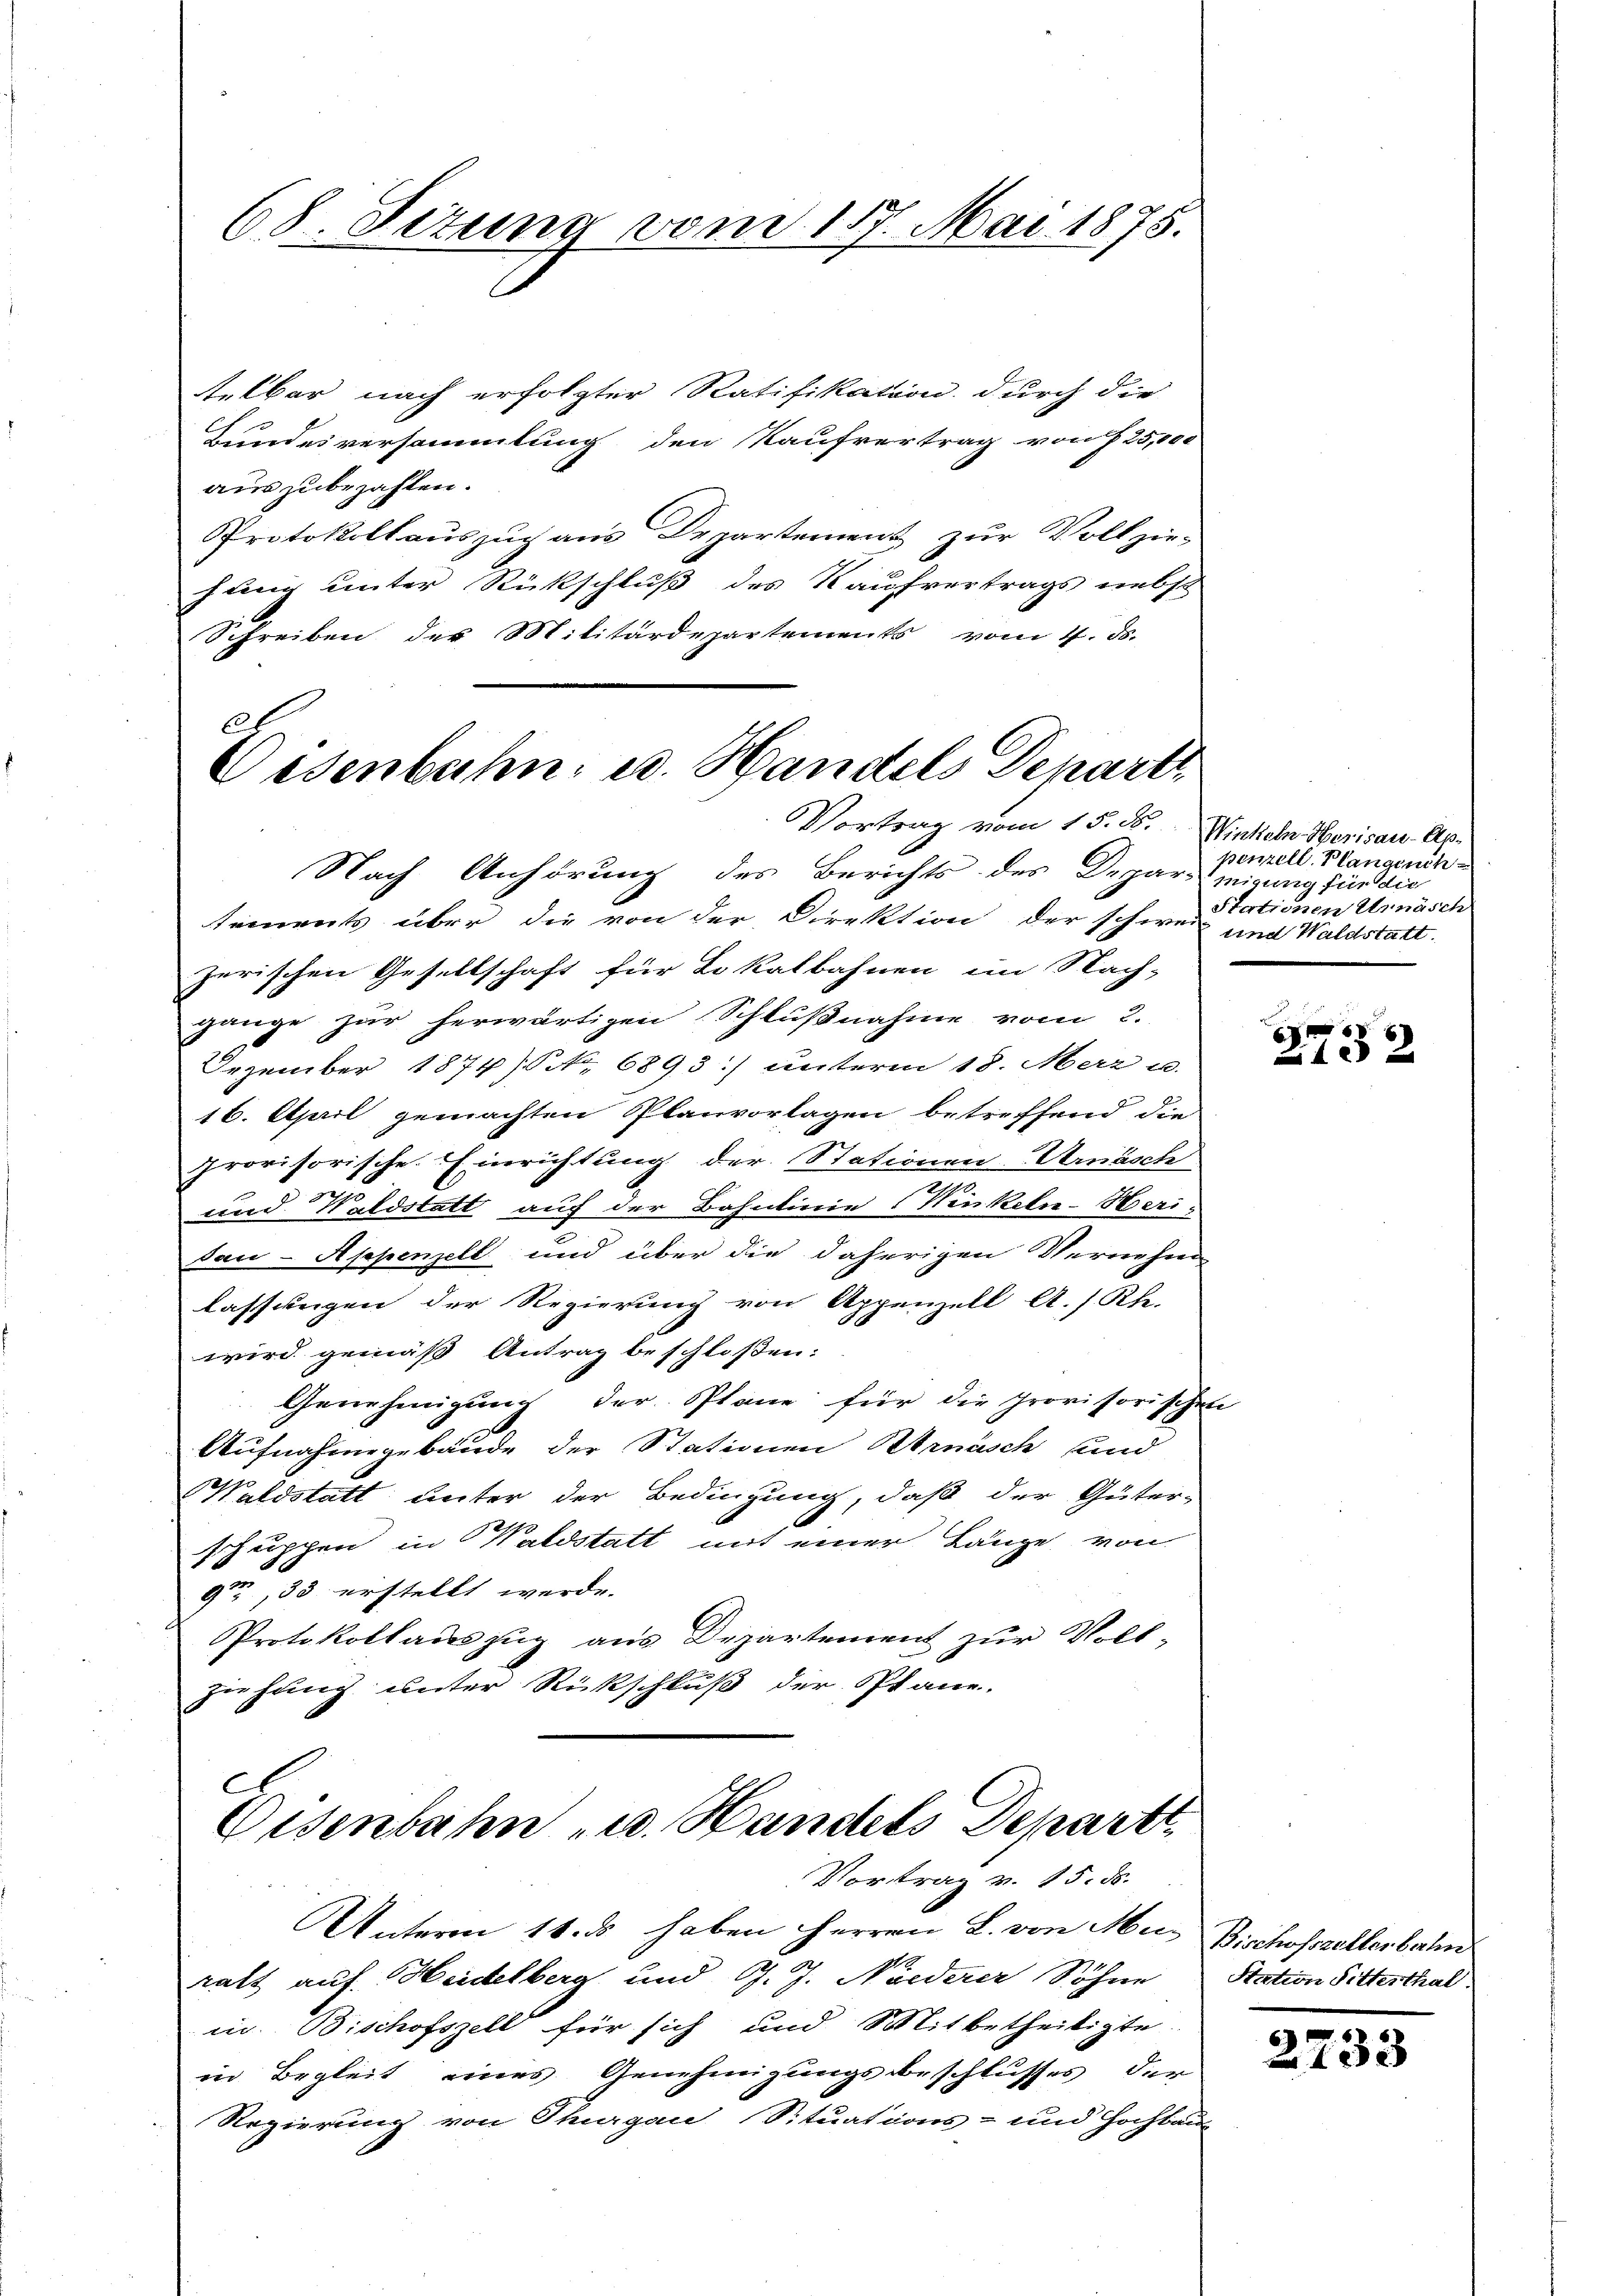
68. Setung vom 117. Mai 1875.

telbar nach erfolgter Ratifikation durch die
Bundesversammlung den Kaufvertrag von § 25,000
auszubezahlen.
Protokollauszug aus Departement zur Vollzie-
fung unter Rückschluß des Kaufvertrags nebst
Schreiben der Militärdepartements vom 4. ds.

6l
Oesenbahn u. Handels Departe
Vortrag vom 15. d. Winkeln Merisau-Ap¬

Nach Anhörung des Berichts des Departigung für die
tements über die von der Direktion der schweiz und Waldstatt.
zerischen Gesellschaft für Lokalbahnen im Nach-
gange zur herwärtigen Schlußnahme vom 2.
Dezember 1874/ NNo. 6893) unterm 18. Merz u.
16. April gemachten Planvorlagen betreffend die
provisorische Einrichtung der Stationen Urnasch
und Wildstatt auf der Bahnlinie (Winkeln-Heri
dau-Appenzell und über die daherigen Vernehm
lassungen der Regierung von Appenzell A.Rhe-
wird gemäß Antrag beschlossen:
Genehmigung der Plane für die Provisorischen
Aufnahmegebäude der Stationen Bernasch und
Waldstatt unter der Bedingung, daß der Güter-
schuppen in Waldstatt mit einer Länge von
9, 33 erstellt werde.
Protokollauszug aus Departement zur Voll-
ziehung unter Rückschluß der Plane.
C
Eisenbahn u. Handels Depart
Vortrag v. 15. ds.
Unterm 11. ds haben Herren L. von Mur Bischofszellerbahn
ralt auf Heidelberg und G. J. Niederer Söhne
in. Bischofszell für sich und Mitbetheiligte
in Begleit eines Genehmigungsbeschlusses der
Regierung von Thurgau, Situations- und Hochbaus

penzell. Plangeneh
Stationen Urnäsch

e

5
10x

Station Sitterthal.

2733